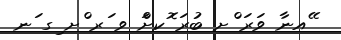
ޭއނާ ވަރަ ްށ ބުރަ ޮކށްަ ވ ަރ ްށ ިގ ަނ